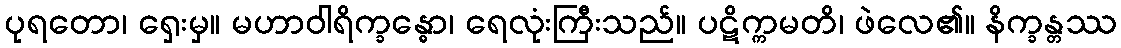
ပုရတော၊ ရှေးမှ။ မဟာဝါရိက္ခန္ဓော၊ ရေလုံးကြီးသည်။ ပဋိက္ကမတိ၊ ဖဲလေ၏။ နိက္ခန္တဿ